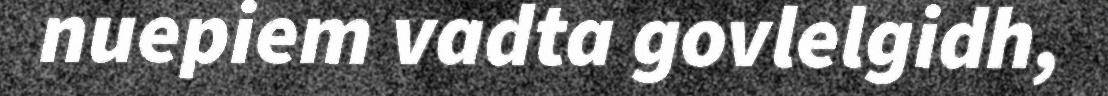
nuepiem vadta govlelgidh,